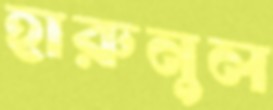
হারুনুল